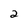
Character: 2